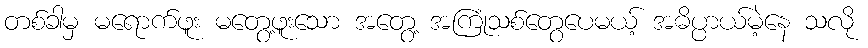
တစ်ခါမှ မရောက်ဖူး မတွေ့ဖူးသော အတွေ့ အကြုံသစ်တွေပေမယ့် အဓိပ္ပာယ်မဲ့နေ သလို